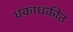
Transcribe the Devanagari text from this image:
धकाधकीत